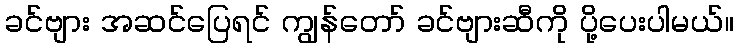
ခင်ဗျား အဆင်ပြေရင် ကျွန်တော် ခင်ဗျားဆီကို ပို့ပေးပါမယ်။